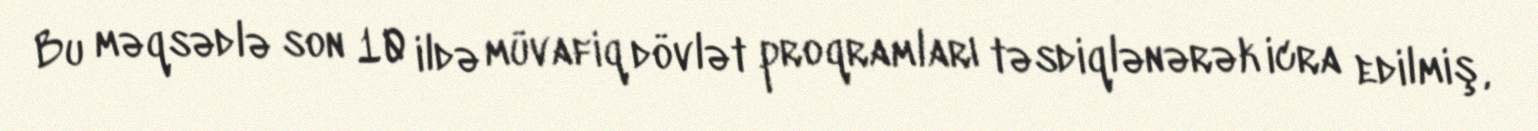
Bu məqsədlə son 10 ildə müvafiq dövlət proqramları təsdiqlənərək icra edilmiş,